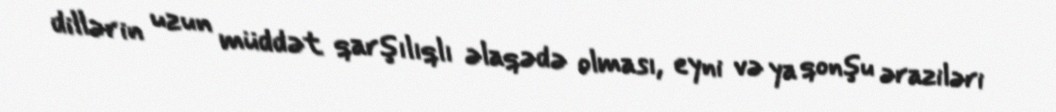
dillərin uzun müddət qarşılıqlı əlaqədə olması, eyni və ya qonşu əraziləri